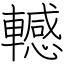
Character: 轗